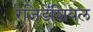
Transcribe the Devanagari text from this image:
रेज़िडेंशियल